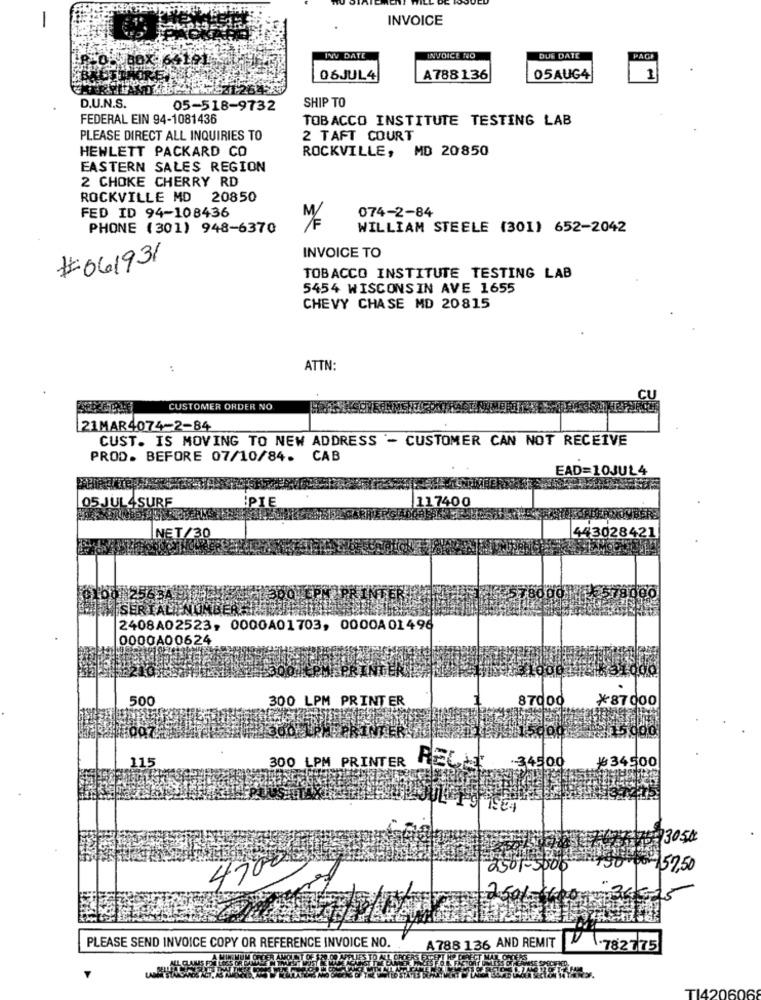
-
INVOICE
INV DATE
INVOICE NO
DUE DATE
PAGE
06JUL4
A788136
05AUG4
1
D.U.N.S.
05-518-9732
SHIP TO
FEDERAL EIN 94-1081436
TOBACCO INSTITUTE TESTING LAB
PLEASE DIRECT ALL INQUIRIES TO
2 TAFT COURT
HEWLETT PACKARD CO
ROCKVILLE, MD 20850
EASTERN SALES REGION
2 CHOKE CHERRY RD
ROCKVILLE MD 20850
FED ID 94-108436
074-2-84
PHONE (301) 948-6370
WILLIAM STEELE (301) 652-2042
INVOICE TO
#061931
TOBACCO INSTITUTE TESTING LAB
5454 WISCONSIN AVE 1655
CHEVY CHASE MD 20815
ATTN:
CU
CUSTOMER ORDER NO
21MAR4074-2-84
CUST. IS MOVING TO NEW ADDRESS - CUSTOMER CAN NOT RECEIVE
PROD. BEFORE 07/10/84. CAB
EAD=10JUL4
05 JUL4SURF
117400
PIE
NET/30
443028421
SERIAL NUMBERA
2408A02523, 0000A01703, 0000A01496
0000A00624
500
300 LPM PRINTER
87000
¥87000
900
15
300 LPM PRINTER
RE
₩34500
34500
E4
73050
47000
9501-5000
57,50
A 788 136 AND REMIT
PLEASE SEND INVOICE COPY OR REFERENCE INVOICE NO.
-78277
TI420